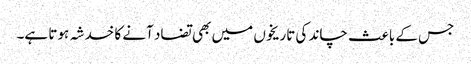
جس کے باعث چاند کی تاریخوں میں بھی تضاد آنے کا خدشہ ہوتا ہے۔